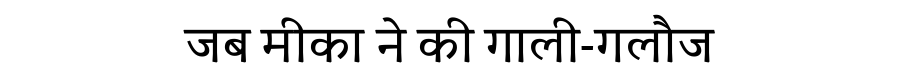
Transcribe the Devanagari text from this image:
जब मीका ने की गाली-गलौज